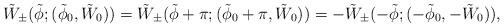
LaTeX: \begin{align*}\tilde W_{\pm}(\tilde \phi; (\tilde \phi_0, \tilde W_0))=\tilde W_{\pm}(\tilde \phi+\pi; (\tilde \phi_0+\pi, \tilde W_0))=-\tilde W_{\pm}(-\tilde \phi; (-\tilde \phi_0, -\tilde W_0)),\end{align*}